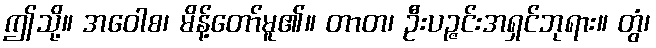
ဤသို့။ အဝေါစ၊ မိန့်တော်မူ၏။ တာတ၊ ဦးပဉ္ဇင်းအရှင်ဘုရား။ တွံ၊